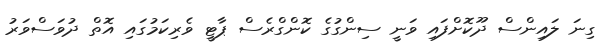
ގިނަ ލައިންސް ދޫކޮށްފައި ވަނީ ސިންގުގެ ކޮންގްރެސް ޕާޓީ ވެރިކަމުގައި އޮތް ދުވަސްވަރު